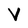
Character: V